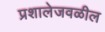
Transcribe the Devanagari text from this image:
प्रशालेजवळील